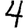
Digit: 4